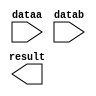
// megafunction wizard: %LPM_ADD_SUB%VBB%
// GENERATION: STANDARD
// VERSION: WM1.0
// MODULE: LPM_ADD_SUB 

// ============================================================
// Megafunction Name(s):
// 			LPM_ADD_SUB
//
// Simulation Library Files(s):
// 			lpm
// ============================================================
// ************************************************************
// THIS IS A WIZARD-GENERATED FILE. DO NOT EDIT THIS FILE!
//
// 21.1.0 Build 842 10/21/2021 SJ Lite Edition
// ************************************************************

//Copyright (C) 2021  Intel Corporation. All rights reserved.
//Your use of Intel Corporation's design tools, logic functions 
//and other software and tools, and any partner logic 
//functions, and any output files from any of the foregoing 
//(including device programming or simulation files), and any 
//associated documentation or information are expressly subject 
//to the terms and conditions of the Intel Program License 
//Subscription Agreement, the Intel Quartus Prime License Agreement,
//the Intel FPGA IP License Agreement, or other applicable license
//agreement, including, without limitation, that your use is for
//the sole purpose of programming logic devices manufactured by
//Intel and sold by Intel or its authorized distributors.  Please
//refer to the applicable agreement for further details, at
//https://fpgasoftware.intel.com/eula.

module add (
	dataa,
	datab,
	result);

	input	[13:0]  dataa;
	input	[13:0]  datab;
	output	[13:0]  result;

endmodule

// ============================================================
// CNX file retrieval info
// ============================================================
// Retrieval info: PRIVATE: CarryIn NUMERIC "0"
// Retrieval info: PRIVATE: CarryOut NUMERIC "0"
// Retrieval info: PRIVATE: ConstantA NUMERIC "0"
// Retrieval info: PRIVATE: ConstantB NUMERIC "0"
// Retrieval info: PRIVATE: Function NUMERIC "0"
// Retrieval info: PRIVATE: INTENDED_DEVICE_FAMILY STRING "Cyclone IV E"
// Retrieval info: PRIVATE: LPM_PIPELINE NUMERIC "0"
// Retrieval info: PRIVATE: Latency NUMERIC "0"
// Retrieval info: PRIVATE: Overflow NUMERIC "0"
// Retrieval info: PRIVATE: RadixA NUMERIC "10"
// Retrieval info: PRIVATE: RadixB NUMERIC "10"
// Retrieval info: PRIVATE: Representation NUMERIC "1"
// Retrieval info: PRIVATE: SYNTH_WRAPPER_GEN_POSTFIX STRING "0"
// Retrieval info: PRIVATE: ValidCtA NUMERIC "0"
// Retrieval info: PRIVATE: ValidCtB NUMERIC "0"
// Retrieval info: PRIVATE: WhichConstant NUMERIC "0"
// Retrieval info: PRIVATE: aclr NUMERIC "0"
// Retrieval info: PRIVATE: clken NUMERIC "0"
// Retrieval info: PRIVATE: nBit NUMERIC "14"
// Retrieval info: PRIVATE: new_diagram STRING "1"
// Retrieval info: LIBRARY: lpm lpm.lpm_components.all
// Retrieval info: CONSTANT: LPM_DIRECTION STRING "ADD"
// Retrieval info: CONSTANT: LPM_HINT STRING "ONE_INPUT_IS_CONSTANT=NO,CIN_USED=NO"
// Retrieval info: CONSTANT: LPM_REPRESENTATION STRING "UNSIGNED"
// Retrieval info: CONSTANT: LPM_TYPE STRING "LPM_ADD_SUB"
// Retrieval info: CONSTANT: LPM_WIDTH NUMERIC "14"
// Retrieval info: USED_PORT: dataa 0 0 14 0 INPUT NODEFVAL "dataa[13..0]"
// Retrieval info: USED_PORT: datab 0 0 14 0 INPUT NODEFVAL "datab[13..0]"
// Retrieval info: USED_PORT: result 0 0 14 0 OUTPUT NODEFVAL "result[13..0]"
// Retrieval info: CONNECT: @dataa 0 0 14 0 dataa 0 0 14 0
// Retrieval info: CONNECT: @datab 0 0 14 0 datab 0 0 14 0
// Retrieval info: CONNECT: result 0 0 14 0 @result 0 0 14 0
// Retrieval info: GEN_FILE: TYPE_NORMAL add.v TRUE
// Retrieval info: GEN_FILE: TYPE_NORMAL add.inc TRUE
// Retrieval info: GEN_FILE: TYPE_NORMAL add.cmp TRUE
// Retrieval info: GEN_FILE: TYPE_NORMAL add.bsf TRUE
// Retrieval info: GEN_FILE: TYPE_NORMAL add_inst.v TRUE
// Retrieval info: GEN_FILE: TYPE_NORMAL add_bb.v TRUE
// Retrieval info: GEN_FILE: TYPE_NORMAL add_waveforms.html TRUE
// Retrieval info: GEN_FILE: TYPE_NORMAL add_wave*.jpg TRUE
// Retrieval info: LIB_FILE: lpm